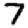
Digit: 7